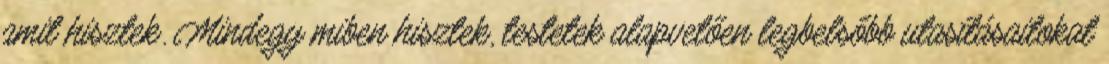
amit hisztek. Mindegy miben hisztek, testetek alapvetően legbelsőbb utasításaitokat